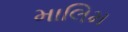
માલિમ